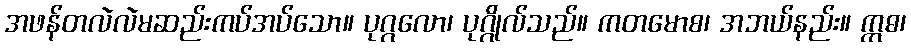
အဖန်တလဲလဲမဆည်းကပ်အပ်သော။ ပုဂ္ဂလော၊ ပုဂ္ဂိုလ်သည်။ ကတမောစ၊ အဘယ်နည်း။ ဣဓ၊